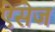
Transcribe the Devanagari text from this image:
ऐसेज